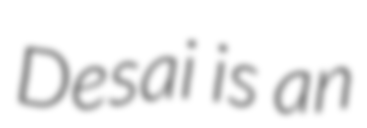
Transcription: Desai is an